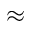
\approx